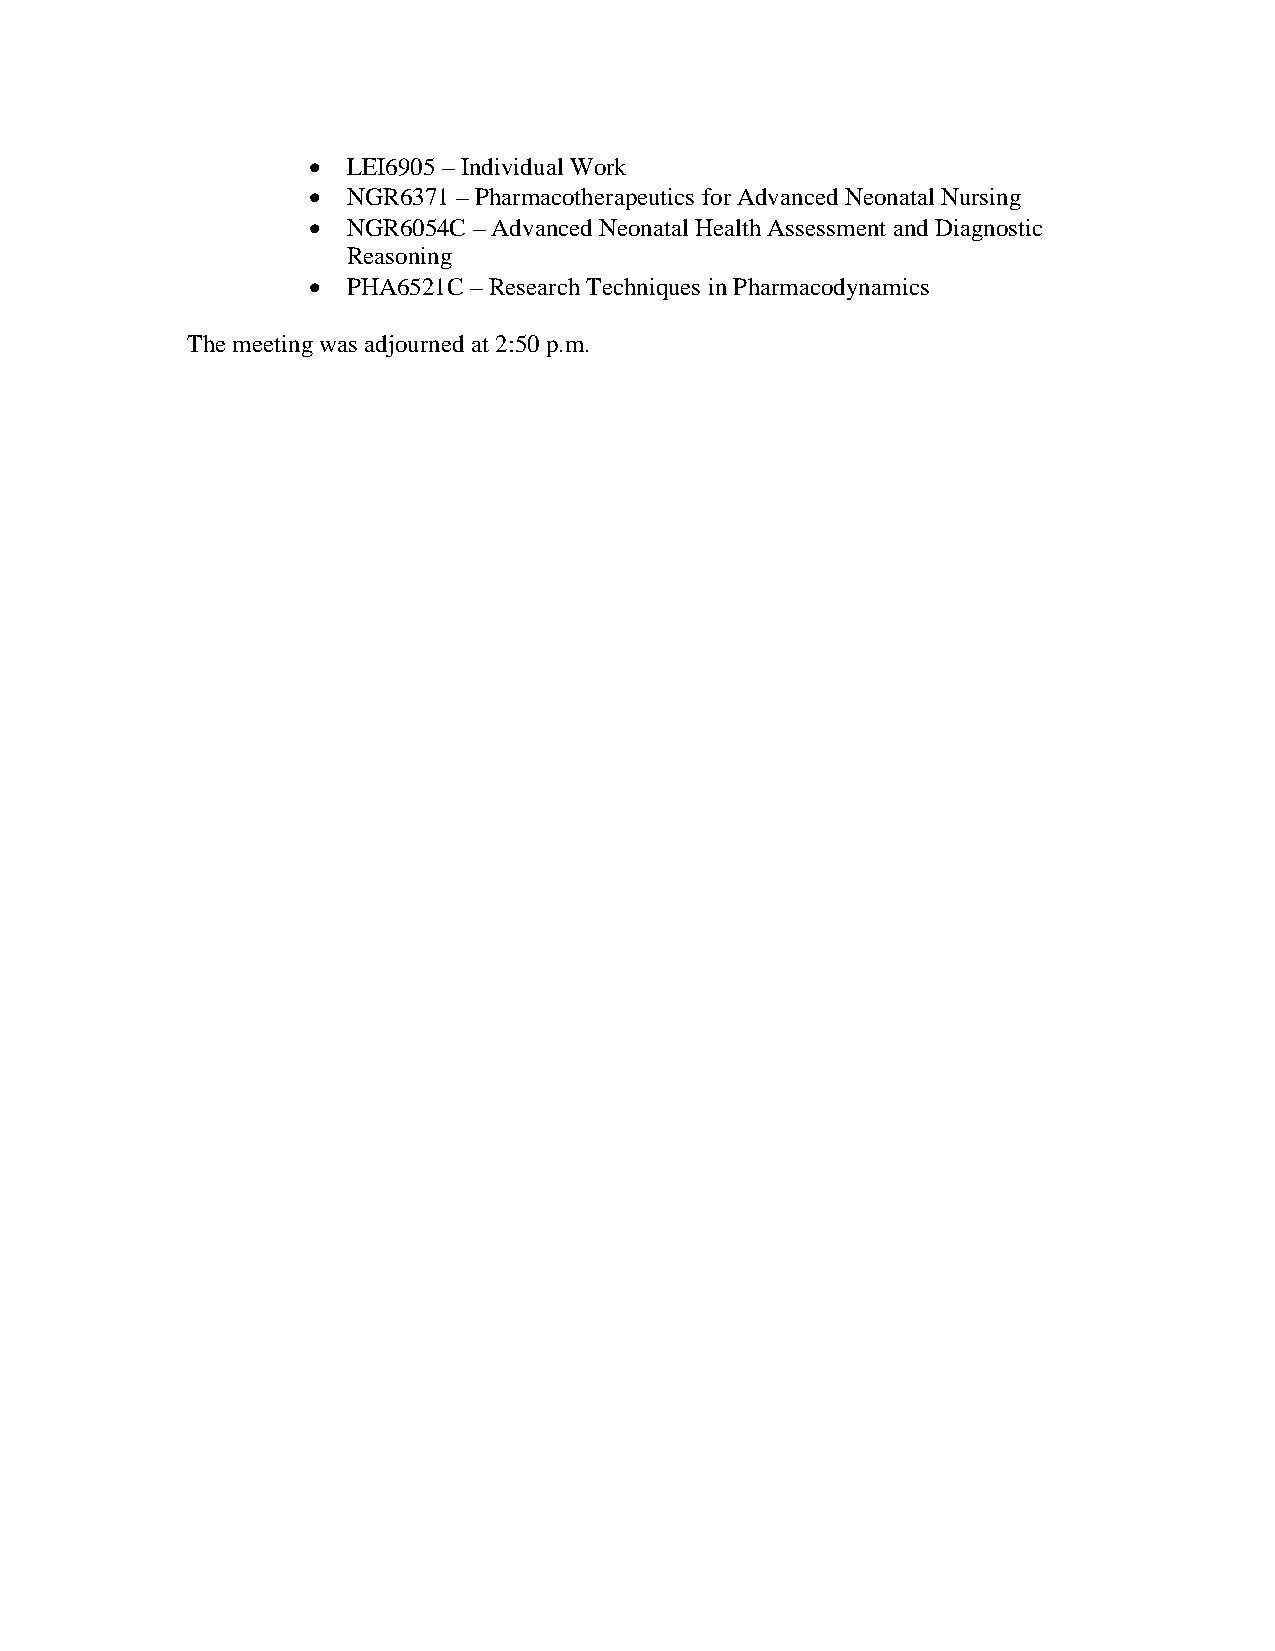
•  LEI6905 – Individual Work
 •  NGR6371 – Pharmacotherapeutics for Advanced Neonatal Nursing
 •  NGR6054C – Advanced Neonatal Health Assessment and Diagnostic
 Reasoning
 •  PHA6521C – Research Techniques in Pharmacodynamics
 The meeting was adjourned at 2:50 p.m.